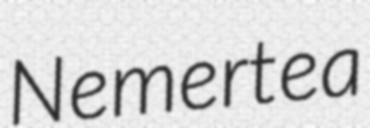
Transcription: Nemertea